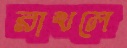
রাখলে